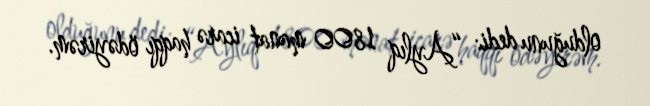
olduğunu dedi: “Aylıq 1800 manat icarə haqqı ödəyirəm.